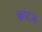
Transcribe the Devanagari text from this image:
क्वांटस